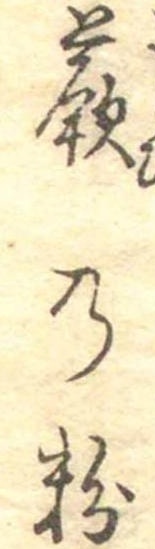
蕨の粉